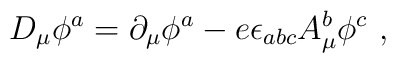
D_\mu\phi^a=\partial_\mu\phi^a-e\epsilon_{abc}A_\mu^b\phi^c \ ,